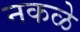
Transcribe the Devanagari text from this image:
नकळे